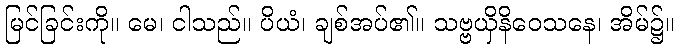
မြင်ခြင်းကို။ မေ၊ ငါသည်။ ပိယံ၊ ချစ်အပ်၏။ သဗ္ဗယှိနိဝေသနေ၊ အိမ်၌။